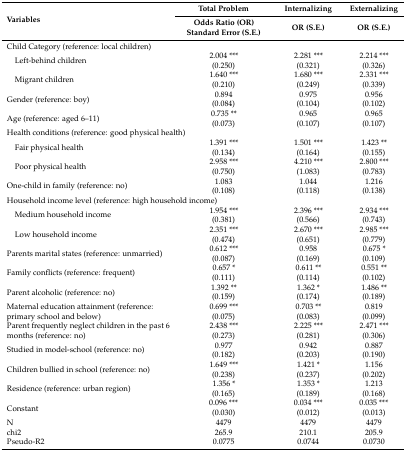
<table><thead><tr><td rowspan="2"><b>Variables</b></td><td><b>Total Problem</b></td><td><b>Internalizing</b></td><td><b>Externalizing</b></td></tr><tr><td><b>Odds Ratio (OR) Standard Error (S.E.)</b></td><td><b>OR (S.E.)</b></td><td><b>OR (S.E.)</b></td></tr></thead><tbody><tr><td>Child Category (reference: local children)</td><td></td><td></td><td></td></tr><tr><td> Left-behind children </td><td>2.004 ***(0.250)</td><td>2.281 ***(0.321)</td><td>2.214 ***(0.326)</td></tr><tr><td> Migrant children</td><td>1.640 ***(0.210)</td><td>1.680 ***(0.249)</td><td>2.331 ***(0.339)</td></tr><tr><td>Gender (reference: boy)</td><td>0.894(0.084)</td><td>0.975(0.104)</td><td>0.956(0.102)</td></tr><tr><td>Age (reference: aged 6–11)</td><td>0.735 **(0.073)</td><td>0.965(0.107)</td><td>0.965(0.107)</td></tr><tr><td colspan="4">Health conditions (reference: good physical health)</td></tr><tr><td> Fair physical health</td><td>1.391 ***(0.134)</td><td>1.501 ***(0.164)</td><td>1.423 **(0.155)</td></tr><tr><td> Poor physical health</td><td>2.958 ***(0.750)</td><td>4.210 ***(1.083)</td><td>2.800 ***(0.783)</td></tr><tr><td>One-child in family (reference: no)</td><td>1.083(0.108)</td><td>1.044(0.118)</td><td>1.216(0.138)</td></tr><tr><td colspan="4">Household income level (reference: high household income)</td></tr><tr><td> Medium household income</td><td>1.954 ***(0.381)</td><td>2.396 ***(0.566)</td><td>2.934 ***(0.743)</td></tr><tr><td> Low household income</td><td>2.351 ***(0.474)</td><td>2.670 ***(0.651)</td><td>2.985 ***(0.779)</td></tr><tr><td>Parents marital states (reference: unmarried) </td><td>0.612 ***(0.087)</td><td>0.958(0.169)</td><td>0.675 *(0.109)</td></tr><tr><td>Family conflicts (reference: frequent)</td><td>0.657 *(0.111)</td><td>0.611 **(0.114)</td><td>0.551 **(0.102)</td></tr><tr><td>Parent alcoholic (reference: no)</td><td>1.392 **(0.159)</td><td>1.362 *(0.174)</td><td>1.486 **(0.189)</td></tr><tr><td>Maternal education attainment (reference: primary school and below)</td><td>0.699 ***(0.075)</td><td>0.703 **(0.083)</td><td>0.819(0.099)</td></tr><tr><td>Parent frequently neglect children in the past 6 months (reference: no)</td><td>2.438 ***(0.273)</td><td>2.225 ***(0.281)</td><td>2.471 ***(0.306)</td></tr><tr><td>Studied in model-school (reference: no)</td><td>0.977(0.182)</td><td>0.942(0.203)</td><td>0.887(0.190)</td></tr><tr><td>Children bullied in school (reference: no)</td><td>1.649 ***(0.238)</td><td>1.421 *(0.237)</td><td>1.156(0.202)</td></tr><tr><td>Residence (reference: urban region)</td><td>1.356 *(0.165)</td><td>1.353 *(0.189)</td><td>1.213(0.168)</td></tr><tr><td rowspan="2">Constant</td><td>0.096 ***</td><td>0.034 ***</td><td>0.035 ***</td></tr><tr><td>(0.030)</td><td>(0.012)</td><td>(0.013)</td></tr><tr><td>N</td><td>4479</td><td>4479</td><td>4479</td></tr><tr><td>chi2</td><td>265.9</td><td>210.1</td><td>205.9</td></tr><tr><td>Pseudo-R2</td><td>0.0775</td><td>0.0744</td><td>0.0730</td></tr></tbody></table>